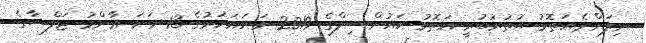
ނިލަންދެއަތޮޅު އުތުރުބުރީ އަތޮޅު ކައުންސިލްގެ 2019 ވަނައަހަރުގެ 13 ވަނަ ޢާންމު ޖަލްސާގެ